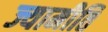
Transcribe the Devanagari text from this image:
ज्यामीति